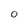
Character: 0